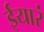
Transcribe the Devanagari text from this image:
ईयारं